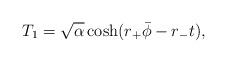
LaTeX: \begin{align*}T_1 = \sqrt{\alpha} \cosh( r_+ \bar \phi - r_- t),\end{align*}